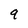
Character: 9